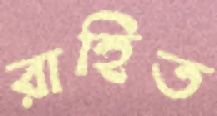
রাহিত